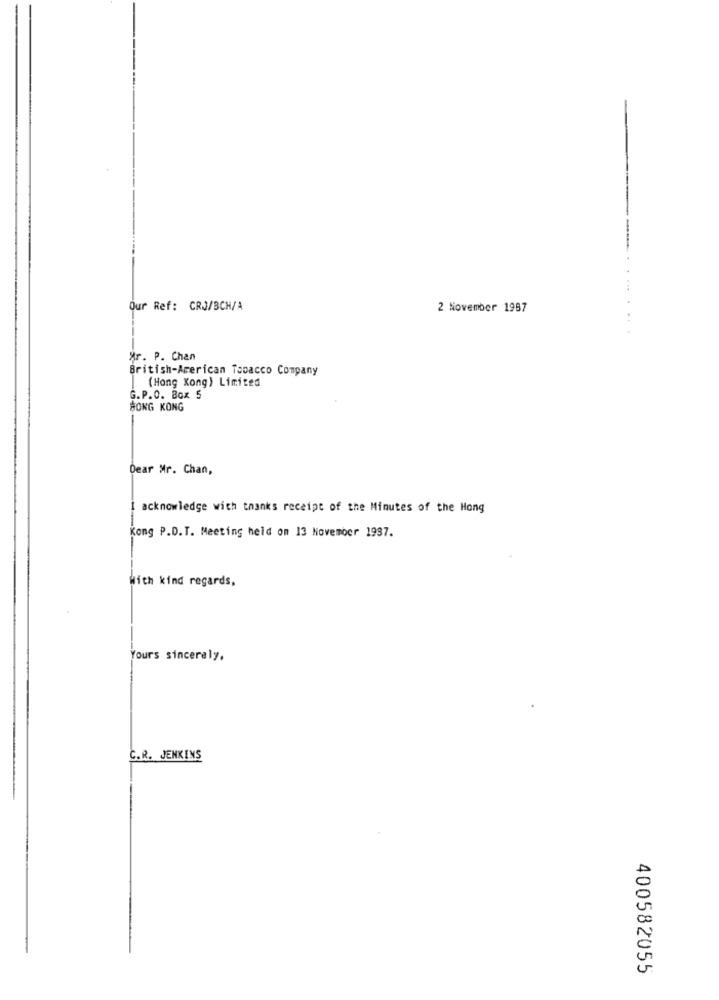
Our Ref: CRJ/BCH/A
2 November 1987
Ar. P. Chan
British-American Tobacco Company
(Hong Kong) Limited
G.P.O. Box 5
HONG KONG
Dear Mr. Chan,
I acknowledge with thanks receipt of the Minutes of the Hong
Kong P.D.T. Meeting held on 13 November 1997.
With kind regards,
Yours sincerely,
C.R. JENKIMS
400582055